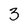
Character: 3